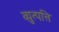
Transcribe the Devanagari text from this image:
व्य़ुत्पत्ति